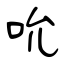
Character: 吮